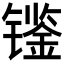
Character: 𰿀